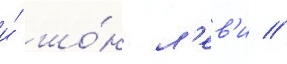
и́ шо́н л'ев'и //